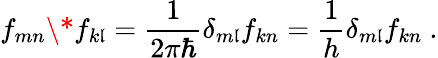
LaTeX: f_{mn}\* f_{k\mathfrak{l}}=\frac{{1}}{{2\pi\hbar}}\delta_{m\mathfrak{l}}f_{kn}=\frac{{1}}{{h}}\delta_{m\mathfrak{l}}f_{kn}~.